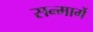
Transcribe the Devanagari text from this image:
सन्मार्गे